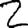
Digit: 2